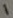
Text: 1